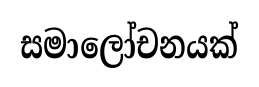
සමාලෝචනයක්